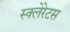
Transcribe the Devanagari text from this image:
स्क्लेरेटस